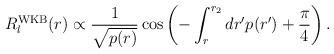
LaTeX: \begin{align*}R_{l}^{\rm WKB}(r) \propto \frac{1}{\sqrt{p(r)}} \cos \left( -\int_{r}^{r_{2}} dr' p(r') + \frac{\pi}{4} \right).\end{align*}